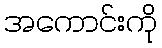
အကောင်းကို